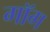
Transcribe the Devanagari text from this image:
गॉग